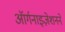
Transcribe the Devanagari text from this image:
ऑर्गनाइज़ेशनने